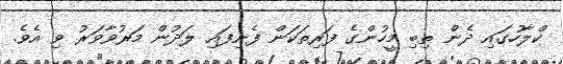
ކްލާހުގައި ދެން ތިބި މީހުންގެ ފަރިތަކަން ފެނިފައި ލަދުން މަރުވާވަރު ވި އެވެ.